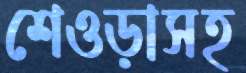
শেওড়াসহ